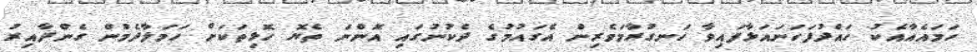
ހަމައެއާއެކު ހައްދުފަހަނައަޅާފައިވާ ހަނގުރާމަވެރިން އެގައުމުގެ ދެކުނުގައި އޮންނަ ތެޔޮ ހޮޅިތަކަށް ހަމަލާދެމުން ގެންދާއިރު